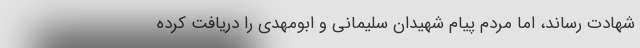
شهادت رساند، اما مردم پیام شهیدان سلیمانی و ابومهدی را دریافت کرده